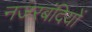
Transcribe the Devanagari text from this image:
नजरबंदियों